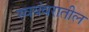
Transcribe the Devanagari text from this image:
स्वयंवरातील